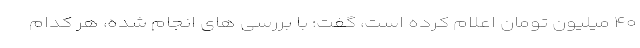
۴۰ میلیون تومان اعلام کرده است، گفت: با بررسی های انجام شده، هر کدام